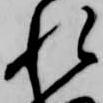
れ